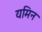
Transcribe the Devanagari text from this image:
यमिन